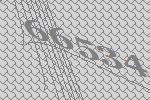
66534